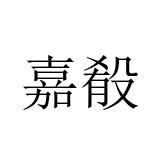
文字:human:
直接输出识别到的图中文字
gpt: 嘉殽